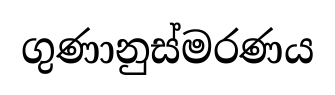
ගුණානුස්මරණය